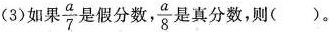
(3)如果\frac{a}{7}是假分数，\frac{a}{8}是真分数，则（）。